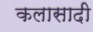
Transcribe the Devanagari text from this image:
कलासादी